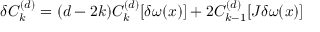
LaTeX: \delta C _ { k } ^ { ( d ) } = ( d - 2 k ) C _ { k } ^ { ( d ) } [ \delta \omega ( x ) ] + 2 C _ { k - 1 } ^ { ( d ) } [ J \delta \omega ( x ) ]